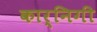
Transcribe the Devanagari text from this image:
कार्निगी